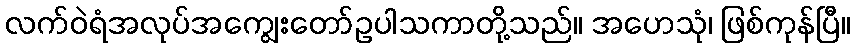
လက်ဝဲရံအလုပ်အကျွေးတော်ဥပါသကာတို့သည်။ အဟေသုံ၊ ဖြစ်ကုန်ပြီ။